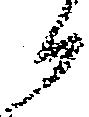
候